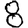
Digit: 8